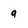
Character: q